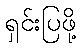
ရှင်းပြဖို့